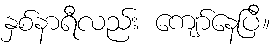
နှစ်နာရီလည်း ကျော်နေပြီ။